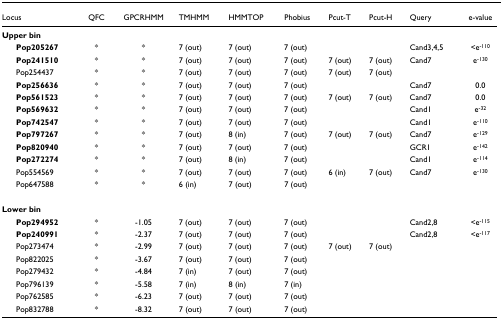
<table><thead><tr><td><b>Locus</b></td><td><b>QFC</b></td><td><b>GPCRHMM</b></td><td><b>TMHMM</b></td><td><b>HMMTOP</b></td><td><b>Phobius</b></td><td><b>Pcut-T</b></td><td><b>Pcut-H</b></td><td><b>Query</b></td><td><b>e-value</b></td></tr></thead><tbody><tr><td><b>Upper bin</b></td><td></td><td></td><td></td><td></td><td></td><td></td><td></td><td></td><td></td></tr><tr><td> <b>Pop205267</b></td><td>*</td><td>*</td><td>7 (out)</td><td>7 (out)</td><td>7 (out)</td><td></td><td></td><td>Cand3,4,5</td><td>&lt;e<sup>-110</sup></td></tr><tr><td> <b>Pop241510</b></td><td>*</td><td>*</td><td>7 (out)</td><td>7 (out)</td><td>7 (out)</td><td>7 (out)</td><td>7 (out)</td><td>Cand7</td><td>e<sup>-130</sup></td></tr><tr><td> Pop254437</td><td>*</td><td>*</td><td>7 (out)</td><td>7 (out)</td><td>7 (out)</td><td>7 (out)</td><td>7 (out)</td><td></td><td></td></tr><tr><td> <b>Pop256636</b></td><td>*</td><td>*</td><td>7 (out)</td><td>7 (out)</td><td>7 (out)</td><td></td><td></td><td>Cand7</td><td>0.0</td></tr><tr><td> <b>Pop561523</b></td><td>*</td><td>*</td><td>7 (out)</td><td>7 (out)</td><td>7 (out)</td><td>7 (out)</td><td>7 (out)</td><td>Cand7</td><td>0.0</td></tr><tr><td> <b>Pop569632</b></td><td>*</td><td>*</td><td>7 (out)</td><td>7 (out)</td><td>7 (out)</td><td></td><td></td><td>Cand1</td><td>e<sup>-32</sup></td></tr><tr><td> <b>Pop742547</b></td><td>*</td><td>*</td><td>7 (out)</td><td>7 (out)</td><td>7 (out)</td><td></td><td></td><td>Cand1</td><td>e<sup>-110</sup></td></tr><tr><td> <b>Pop797267</b></td><td>*</td><td>*</td><td>7 (out)</td><td>8 (in)</td><td>7 (out)</td><td>7 (out)</td><td>7 (out)</td><td>Cand7</td><td>e<sup>-129</sup></td></tr><tr><td> <b>Pop820940</b></td><td>*</td><td>*</td><td>7 (out)</td><td>7 (out)</td><td>7 (out)</td><td></td><td></td><td>GCR1</td><td>e<sup>-142</sup></td></tr><tr><td> <b>Pop272274</b></td><td>*</td><td>*</td><td>7 (out)</td><td>8 (in)</td><td>7 (out)</td><td></td><td></td><td>Cand1</td><td>e<sup>-114</sup></td></tr><tr><td> Pop554569</td><td>*</td><td>*</td><td>7 (out)</td><td>7 (out)</td><td>7 (out)</td><td>6 (in)</td><td>7 (out)</td><td>Cand7</td><td>e<sup>-130</sup></td></tr><tr><td> Pop647588</td><td>*</td><td>*</td><td>6 (in)</td><td>7 (out)</td><td>7 (out)</td><td></td><td></td><td></td><td></td></tr><tr><td><b>Lower bin</b></td><td></td><td></td><td></td><td></td><td></td><td></td><td></td><td></td><td></td></tr><tr><td> <b>Pop294952</b></td><td>*</td><td>-1.05</td><td>7 (out)</td><td>7 (out)</td><td>7 (out)</td><td></td><td></td><td>Cand2,8</td><td>&lt;e<sup>-115</sup></td></tr><tr><td> <b>Pop240991</b></td><td>*</td><td>-2.37</td><td>7 (out)</td><td>7 (out)</td><td>7 (out)</td><td></td><td></td><td>Cand2,8</td><td>&lt;e<sup>-117</sup></td></tr><tr><td> Pop273474</td><td>*</td><td>-2.99</td><td>7 (out)</td><td>7 (out)</td><td>7 (out)</td><td>7 (out)</td><td>7 (out)</td><td></td><td></td></tr><tr><td> Pop822025</td><td>*</td><td>-3.67</td><td>7 (out)</td><td>7 (out)</td><td>7 (out)</td><td></td><td></td><td></td><td></td></tr><tr><td> Pop279432</td><td>*</td><td>-4.84</td><td>7 (in)</td><td>7 (out)</td><td>7 (out)</td><td></td><td></td><td></td><td></td></tr><tr><td> Pop796139</td><td>*</td><td>-5.58</td><td>7 (in)</td><td>8 (in)</td><td>7 (in)</td><td></td><td></td><td></td><td></td></tr><tr><td> Pop762585</td><td>*</td><td>-6.23</td><td>7 (out)</td><td>7 (out)</td><td>7 (out)</td><td></td><td></td><td></td><td></td></tr><tr><td> Pop832788</td><td>*</td><td>-8.32</td><td>7 (out)</td><td>7 (out)</td><td>7 (out)</td><td></td><td></td><td></td><td></td></tr></tbody></table>